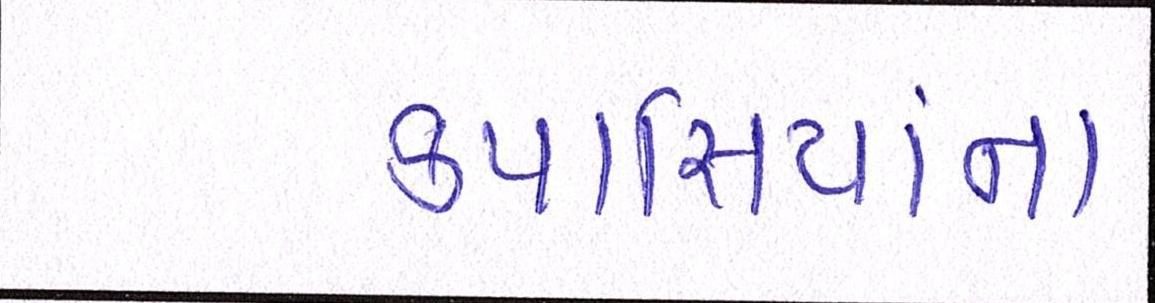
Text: કપાસિયાંના